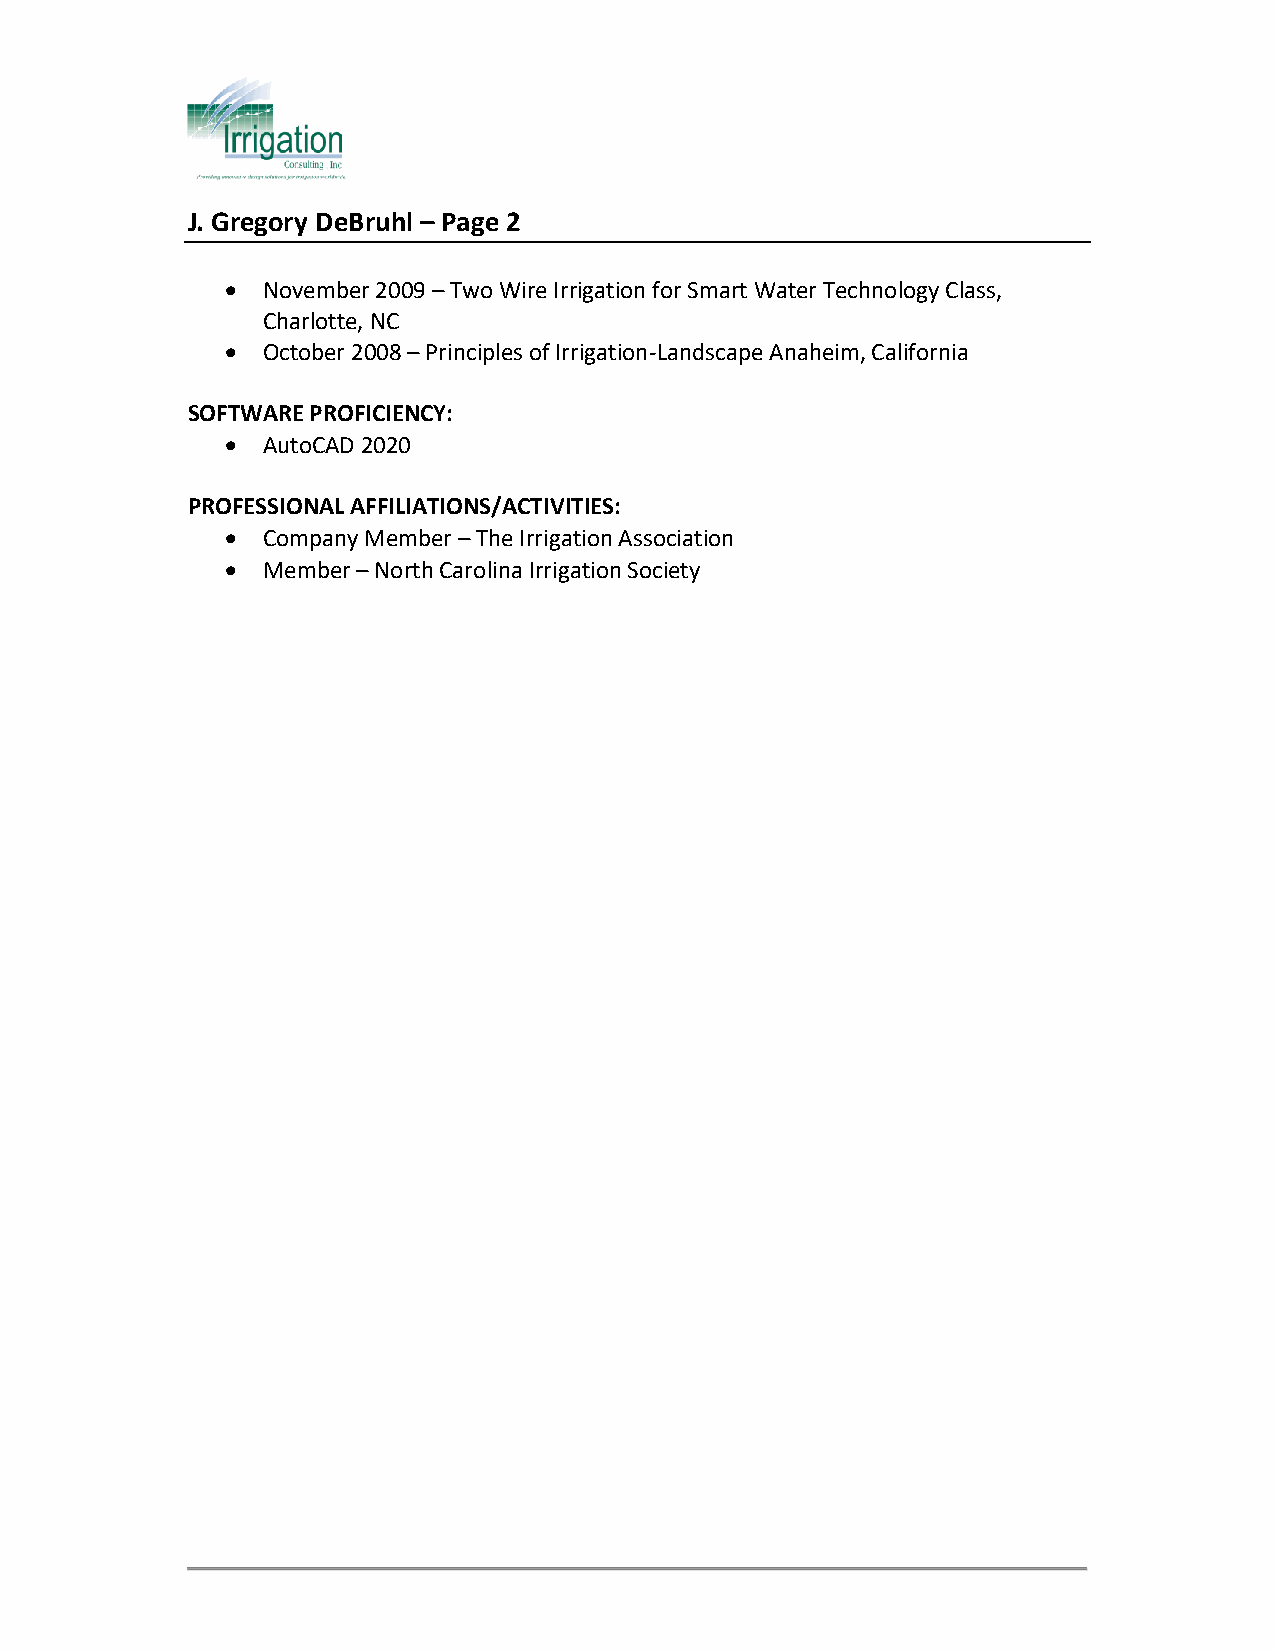
J. Gregory DeBruhl – Page 2
  November 2009 – Two Wire Irrigation for Smart Water Technology Class,
 Charlotte, NC
  October 2008 – Principles of Irrigation-Landscape Anaheim, California
 SOFTWARE PROFICIENCY:
  AutoCAD 2020
 PROFESSIONAL AFFILIATIONS/ACTIVITIES:
  Company Member – The Irrigation Association
  Member – North Carolina Irrigation Society